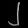
Digit: ၂